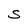
Character: S